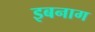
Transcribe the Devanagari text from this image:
इबनाग